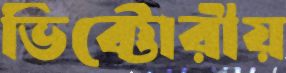
ভিক্টোরীয়